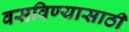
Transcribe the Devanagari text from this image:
वसविण्यासाठी